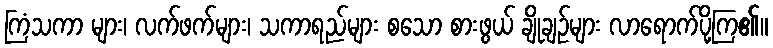
ကြံသကာ များ၊ လက်ဖက်များ၊ သကာရည်များ စသော စားဖွယ် ချိုချဉ်များ လာရောက်ပို့ကြ၏။